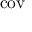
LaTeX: \operatorname { c o v }